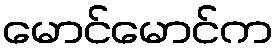
မောင်မောင်က